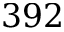
3 9 2